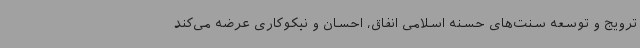
ترویج و توسعه سنت‌های حسنه اسلامی انفاق، احسان و نیکوکاری عرضه می‌کند